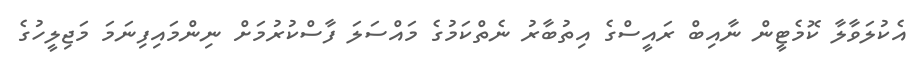
އެކުލަވާލާ ކޮމެޓީން ނާއިބް ރައީސްގެ އިތުބާރު ނެތްކަމުގެ މައްސަލަ ފާސްކުރުމަށް ނިންމައިފިނަމަ މަޖިލީހުގެ